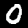
Label: 0